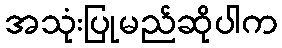
အသုံးပြုမည်ဆိုပါက